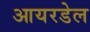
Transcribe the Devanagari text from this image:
आयरडेल